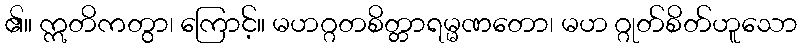
၏။ ဣတိကတွာ၊ ကြောင့်။ မဟဂ္ဂတစိတ္တာရမ္မဏတော၊ မဟ ဂ္ဂုတ်စိတ်ဟူသော